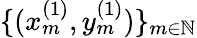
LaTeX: \{ (x_{m}^{(1)},y_{m}^{(1)})\} _{m\in\mathbb{N}}